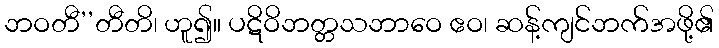
ဘဝတီ’’တီတိ၊ ဟူ၍။ ပဋိဝိဘတ္တသဘာဝေ ဧဝ၊ ဆန့်ကျင်ဘက်အဖို့၏